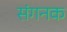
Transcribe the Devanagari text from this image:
संगनक